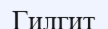
Гилгит